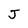
Character: J